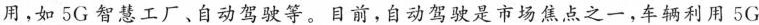
用，如5G智慧工厂、自动驾驶等。目前，自动驾驶是市场焦点之一，车辆利用5G